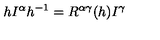
h I ^ { \alpha } h ^ { - 1 } = R ^ { \alpha \gamma } ( h ) I ^ { \gamma }